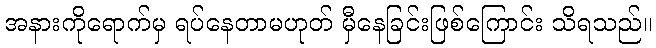
အနားကိုရောက်မှ ရပ်နေတာမဟုတ် မှီနေခြင်းဖြစ်ကြောင်း သိရသည်။